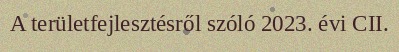
A területfejlesztésről szóló 2023. évi CII.